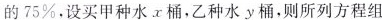
的75%，设买甲种水x桶，乙种水y桶，则所列方程组